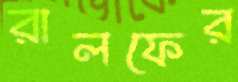
রালফের